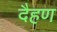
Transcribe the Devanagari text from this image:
दैहण